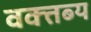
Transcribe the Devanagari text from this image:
वक्‍तब्‍य